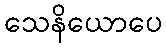
သေနိယောပေ